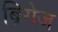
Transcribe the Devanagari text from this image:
ब्रिगेज